Trukikaitis_Postimees, lk 131
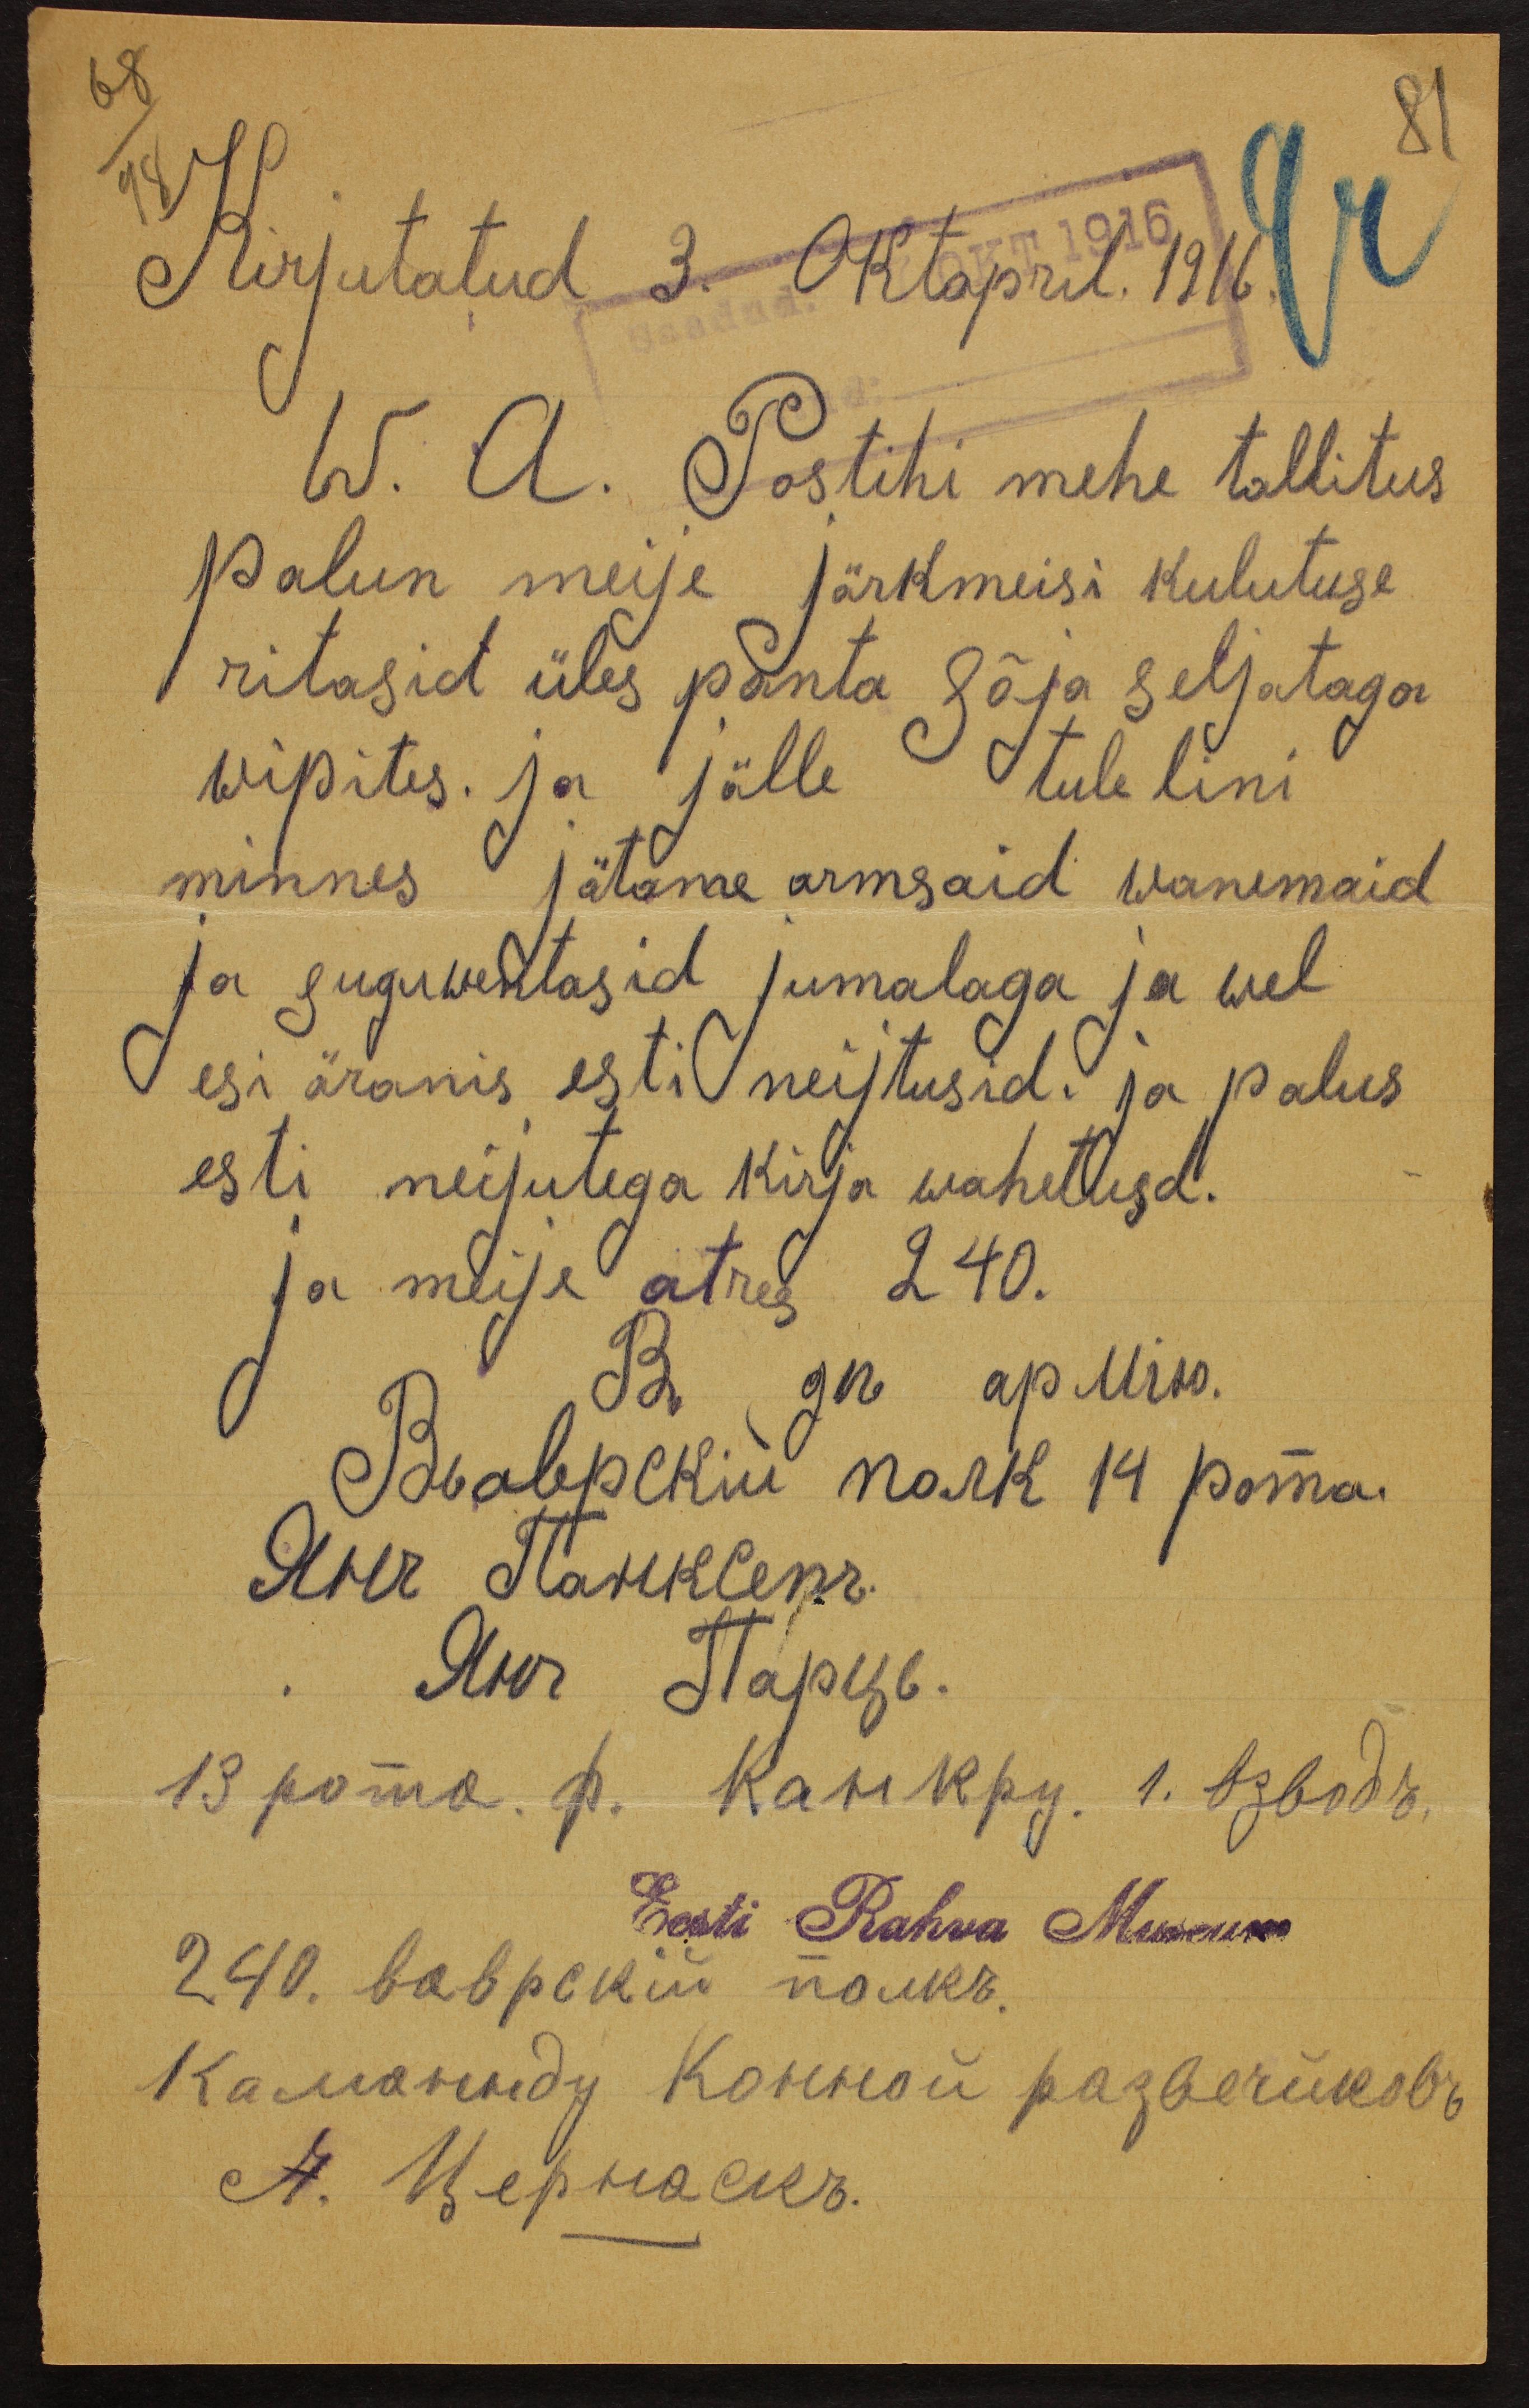
68
81
98
Kirjutatud 3. Oktapril. 1916.
W. A. Postihi mehe tallitus
palun meije järkmeisi kulutuse
ritasid üles panta Sõja seljataga
wipites. ja jälle tule lini
minnes jätame armsaid vanemaid
ja sugawentasid jumalaga ja wel
esi äranis esti neijtusid. ja palus
esti neijutega kirja wahetusd.
ja meije atres 240.
Eesti Rahva Museum